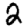
Digit: 2